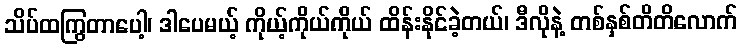
သိပ်ထကြွတာပေါ့၊ ဒါပေမယ့် ကိုယ့်ကိုယ်ကိုယ် ထိန်းနိုင်ခဲ့တယ်၊ ဒီလိုနဲ့ တစ်နှစ်တိတိလောက်